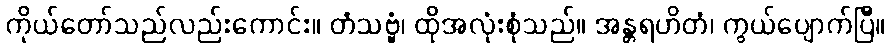
ကိုယ်တော်သည်လည်းကောင်း။ တံသဗ္ဗံ၊ ထိုအလုံးစုံသည်။ အန္တရဟိတံ၊ ကွယ်ပျောက်ပြီ။